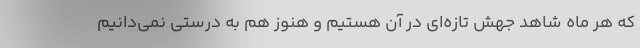
که هر ماه شاهد جهش تازه‌ای در آن هستیم و هنوز هم به درستی نمی‌دانیم